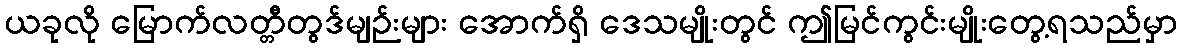
ယခုလို မြောက်လတ္တီတွဒ်မျဉ်းများ အောက်ရှိ ဒေသမျိုးတွင် ဤမြင်ကွင်းမျိုးတွေ့ရသည်မှာ